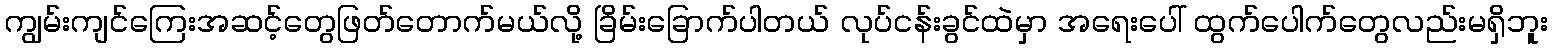
ကျွမ်းကျင်ကြေးအဆင့်တွေဖြတ်တောက်မယ်လို့ ခြိမ်းခြောက်ပါတယ် လုပ်ငန်းခွင်ထဲမှာ အရေးပေါ် ထွက်ပေါက်တွေလည်းမရှိဘူး